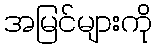
အမြင်များကို